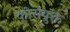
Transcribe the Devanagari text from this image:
कीसंयुक्त